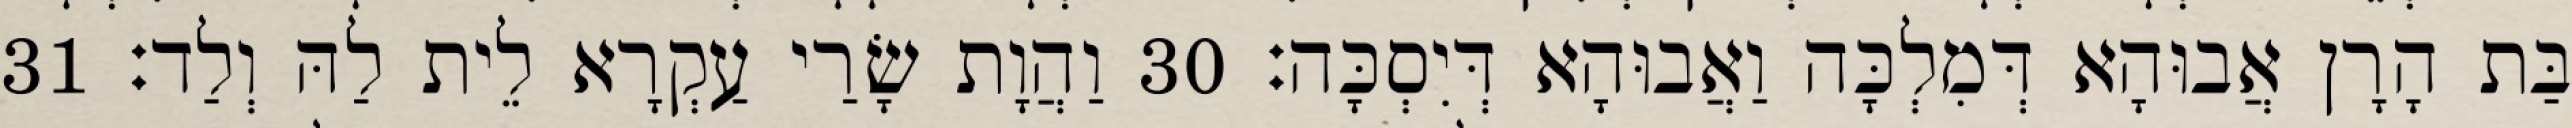
בַּת הָרָן אֲבוּהָא דְּמִלְכָּה וַאֲבוּהָא דְּיִסְכָּה׃ 30 וַהֲוָת שָׂרַי עַקְרָא לֵית לַהּ וְלַד׃ 31